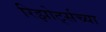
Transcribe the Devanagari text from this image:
रिझोर्ट्सच्या